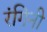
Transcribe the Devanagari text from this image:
रंगिनी